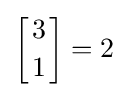
\left[{3 \atop 1}\right]=2